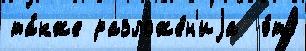
та́кже разложе́н'иjа  э́то